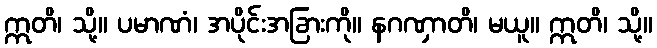
ဣတိ၊ သို့။ ပမာဏံ၊ အပိုင်းအခြားကို။ နဂဏှာတိ၊ မယူ။ ဣတိ၊ သို့။